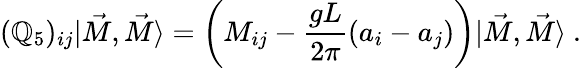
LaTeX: (\mathbb{Q}_{5})_{ij}|\vec{{M}},\vec{{M}}\rangle=\left(M_{ij}-\frac{{gL}}{{2\pi}}\left(a_{i}-a_{j}\right)\right)|\vec{{M}},\vec{{M}}\rangle\ .